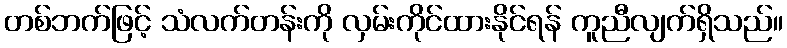
တစ်ဘက်ဖြင့် သံလက်တန်းကို လှမ်းကိုင်ထားနိုင်ရန် ကူညီလျက်ရှိသည်။